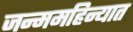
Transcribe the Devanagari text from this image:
जन्ममहिन्यात